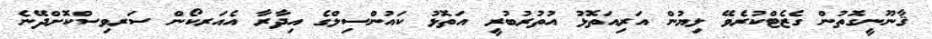
ޤާނޫނީގޮތުން ގެޒެޓްކުރެވޭ ލިޔުން އަރިއަތޮޅު އުތުރުބުރީ އަތޮޅު ކައުންސިލްގެ އިދާރާ އެއަރކޯން ސަރވިސްކޮށްދޭނެ